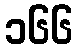
၁၆၆